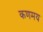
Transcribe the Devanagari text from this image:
कणमय